Indian journal of veterinary science and animal husbandry - Volume 7,
Year: 1937
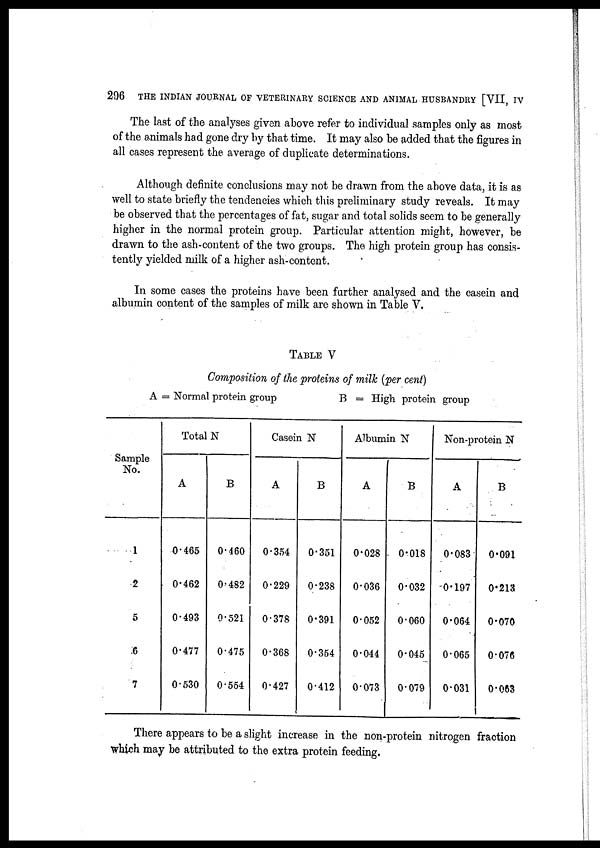
206
THE INDIAN JOURNAL OF VETERINARY SCIENCE AND ANIMAL HUSBANDRY [VII, IV
The last of the analyses given above refer to individual samples only as most
of the animals had gone dry by that time. It may also be added that the figures in
all cases represent the average of duplicate determinations.
Although definite conclusions may not be drawn from the above data, it is as
well to state briefly the tendencies which this preliminary study reveals. It may
be observed that the percentages of fat, sugar and total solids seem to be generally
higher in the normal protein group. Particular attention might, however, be
drawn to the ash-content of the two groups. The high protein group has consis-
tently yielded milk of a higher ash-content.
In some cases the proteins have been further analysed and the casein and
albumin content of the samples of milk are shown in Table V.
TABLE V
Composition of the proteins of milk (per cent)
A = Normal protein group
B = High protein group
Sample
No.
1
2
5
6
7
Total N
A
0.465
0.462
0.493
0.477
0.530
B
0.460
0.482
0.521
0.475
0.554
Casein N
A
0.354
0.229
0.378
0.368
0.427
B
0.351
0.238
0.391
0.354
0.412
Albumin N
A
0.028
0.036
0.052
0.044
0.073
B
0.018
0.032
0.060
0.045
0.079
Non-protein N
A
0.083
0.197
0.064
0.065
0.031
B
0.091
0.213
0.070
0.076
0.063
There appears to be a slight increase in the non-protein nitrogen fraction
which may be attributed to the extra protein feeding.